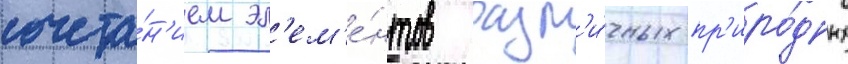
сочета́н'ием эл'ем'е́нтов разл'и́чных пр'иро́дных